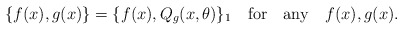
\begin{align*}\{f(x),g(x)\}=\{f(x),Q_g(x,\theta )\}_1\quad {\rm for}\quad{\rm any}\quad f(x),g(x) .\end{align*}